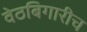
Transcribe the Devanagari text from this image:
वेठबिगारीच